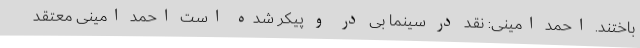
باختند. احمد امینی: نقد در سینما بی در و پیکر شده است احمد امینی معتقد